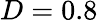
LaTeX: D=0.8